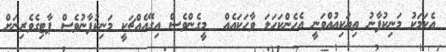
އެކަމަކު މަނިކުފާނު ތިޔަކިއުއްވަނީ އެހެންކަހަލަ ވާހަކައެއް  މީގެންވެސް އިގޭއެއްޗަކީ މަނިކުފާނުވެސް ޕާޓިގެވެރިނަށް